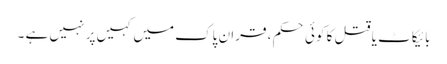
بائیکاٹ یا قتل کا کوئی حکم ، قران پاک میں کہیں پر نہیں ہے ۔